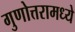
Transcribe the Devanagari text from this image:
गुणोत्तरामध्ये